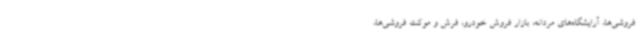
فروشی‌ها، آرایشگاه‌های مردانه، بازار فروش خودرو، فرش و موکت فروشی‌ها،